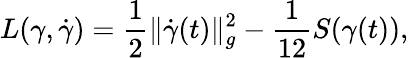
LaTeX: L(\gamma,\dot{\gamma})=\frac{1}{2}\| \dot{\gamma}(t)\| _{g}^{2}-\frac{1}{12}S(\gamma(t)),